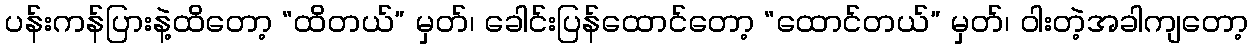
ပန်းကန်ပြားနဲ့ထိတော့ “ထိတယ်” မှတ်၊ ခေါင်းပြန်ထောင်တော့ “ထောင်တယ်” မှတ်၊ ဝါးတဲ့အခါကျတော့